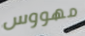
مهووس